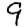
Digit: 9